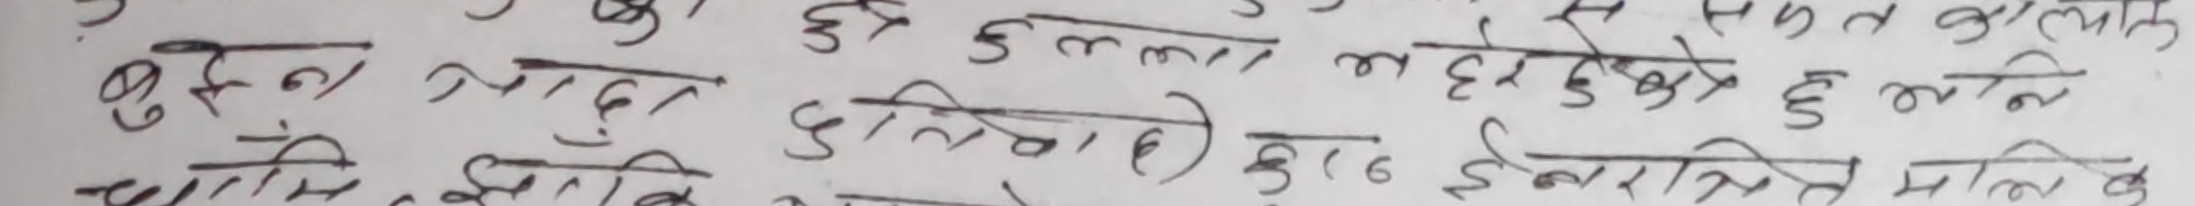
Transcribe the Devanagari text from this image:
बुद्ध मानुस दुनिवा के हरेक इच्यते मालिव